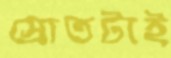
স্রোতটাই